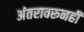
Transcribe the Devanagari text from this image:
अंतरावरूनही